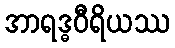
အာရဒ္ဓဝီရိယဿ